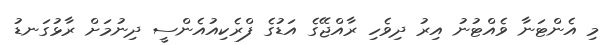
މި އެންޓަނާ ވެއްޓުނު އިރު ދިވެހި ރާއްޖޭގެ އަޑުގެ ފްރެކިއުއެންސީ ދިނުމަށް ރާޅުގަނޑު